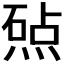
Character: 𬊲